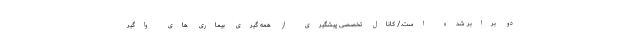
دو برابر شده است./ کانال تخصصی پیشگیری از همه گیری بیماری های واگیر